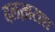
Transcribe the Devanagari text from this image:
दलख़राश